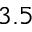
3 . 5